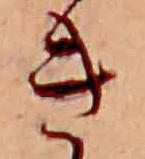
き